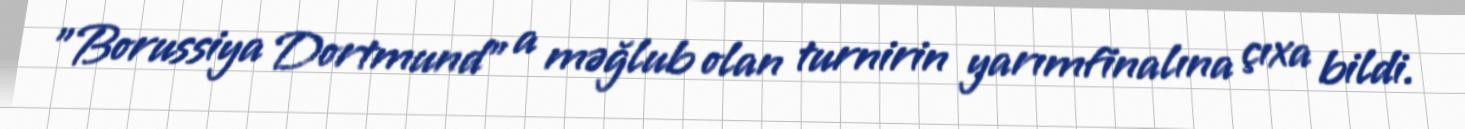
"Borussiya Dortmund" a məğlub olan turnirin yarımfinalına çıxa bildi.